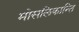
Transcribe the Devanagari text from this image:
मोसलिकान्ति